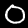
Label: 0